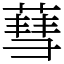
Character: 蔧